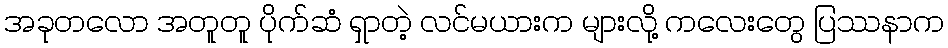
အခုတလော အတူတူ ပိုက်ဆံ ရှာတဲ့ လင်မယားက များလို့ ကလေးတွေ ပြဿနာက